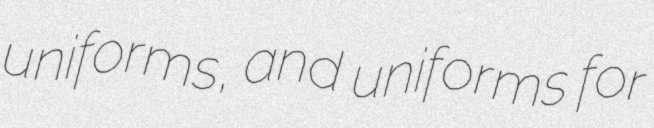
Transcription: uniforms, and uniforms for